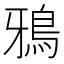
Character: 鴉